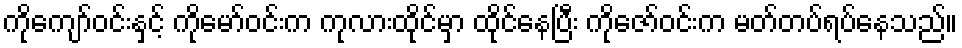
ကိုကျော်ဝင်းနှင့် ကိုမော်ဝင်းက ကုလားထိုင်မှာ ထိုင်နေပြီး ကိုဇော်ဝင်းက မတ်တပ်ရပ်နေသည်။